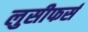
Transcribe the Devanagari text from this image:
लुसीफर्स